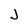
Character: j